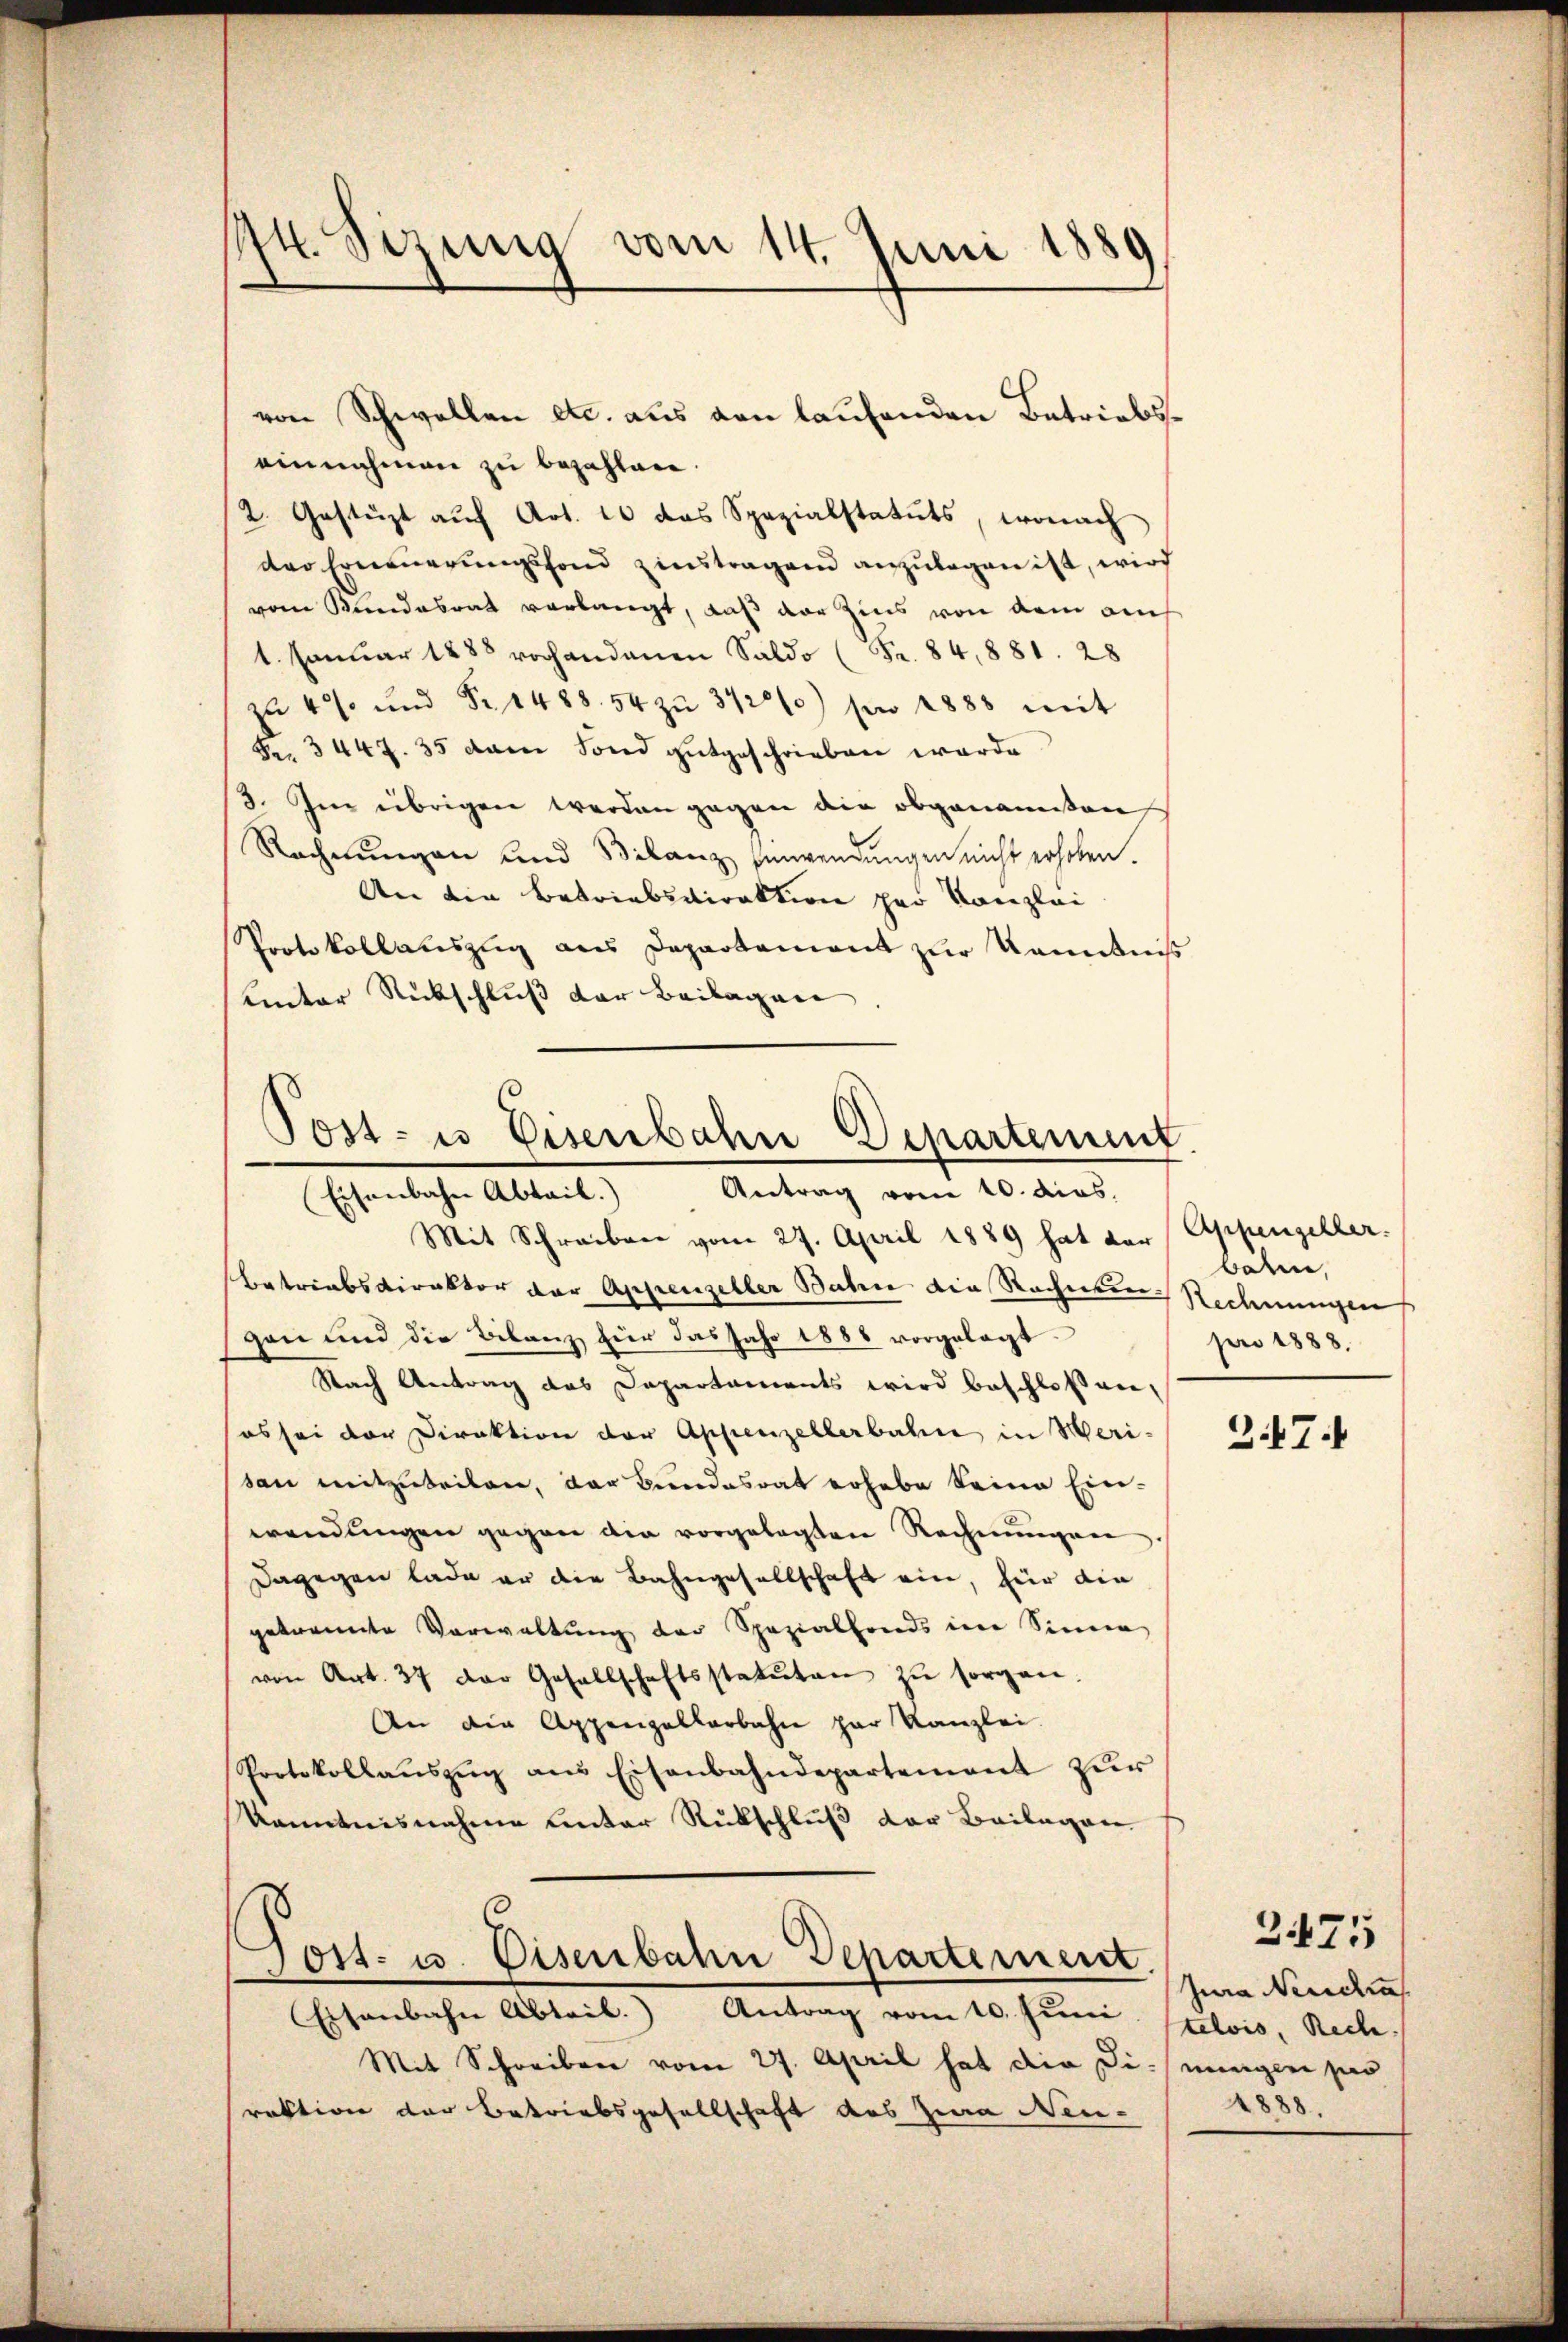
Mt. Sirina vom 14. Juni 1889

von Schwellen etc. aus den laufenden Betriebseinnahmen zu bezahlen.
2. Gestüzt aŭf Art. 10 das Spezialstatuts, wonach
der Erneuerungsfond zinstragen anzulegen ist, wird
vom Randesrat verlangt, daß der Zins von dem auch
1. Januar 1885 vorhandenen Saldo (Fr. 84,881. 28
zŭ 4%. ŭnd Fr. 1488. 54 zŭ 31200) pro 1888 mit
Fr. 3447. 35 dem Fond gutgeschrieben werde
3. Im übrigen werden gegen die obgenommen
Rechnŭngen und Bilanz Einwendŭngen nicht erhoben.
An die Betriebsdirektion par Kanzlei
Protokollauszug aus Departament zur Kenntniß
unter Rückschluß der Beilagen

Mit Schreiben vom 27. April 1889 hat der Appenzeller.
Betriebsdirektor der Appenzeller Bahn die Rechnung Rechnungen
gen und die Bilanz hier das Jahr 1888 vorgelegt.
Nach Antrag des Dapartaments wird beschloßenes sei der Direktion der Appenzellerbahn in Meri-
son mitzuteilen, der Bundesrat erhabe keine Ein-
wendungen gegen die vorgelegten Rechnŭngen
Dagegen lade er die Bahngesellschaft ein, für die
gekannte Vorwaltung der Spezialfonds im Sinne
von Art. 37 der Gesellschaftsstatuten zŭ sorgen.
An die Appenzellarbahn zur Kanzlei
Protokollaŭszŭg aŭs Eisenbahndepartement zŭr
Kenntnisnahme unter Rückschluß der Beilagen.

Post- u Eisenbahn Departement
Eisenbahn Abteil. Antrag vom 10. dies.

Tott. u. Disenbahn Departement.
Eisenbahn Abteil. Antrag vom 10. Juni

Mit Schreiben vom 27. April hat die Di-
raktion der Betriebsgesellschaft des Zwa Neu-

baren,
pro 1888.

347.

Jura Neucha
telvis, Reche
mungen po
4888.

2475